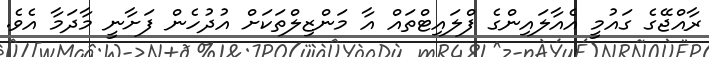
ރާއްޖޭގެ ގައުމީ އެއާލައިންގެ ފްލައިޓްތައް އާ މަންޒިލްތަކަށް އުދުހެން ފަށާނީ މާދަމާ އެވެ.